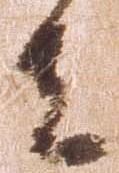
者